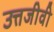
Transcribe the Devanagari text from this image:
उत्तजीवी